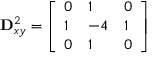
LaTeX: \mathbf { D } _ { x y } ^ { 2 } = { \left[ \begin{array} { l l l } { 0 } & { 1 } & { 0 } \\ { 1 } & { - 4 } & { 1 } \\ { 0 } & { 1 } & { 0 } \end{array} \right] }